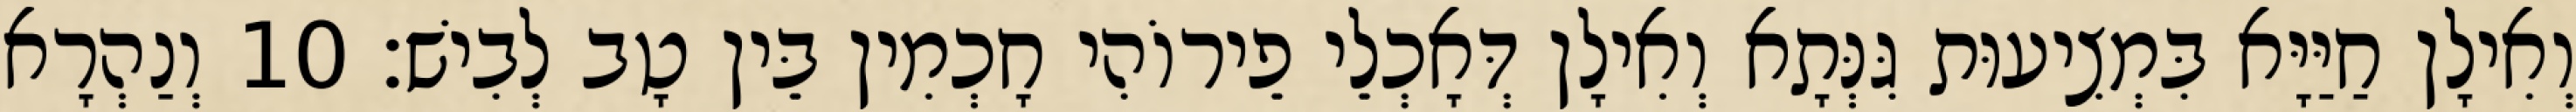
וְאִילָן חַיַּיָּא בִּמְצִיעוּת גִּנְּתָא וְאִילָן דְּאָכְלֵי פֵירוֹהִי חָכְמִין בֵּין טָב לְבִישׁ׃ 10 וְנַהְרָא